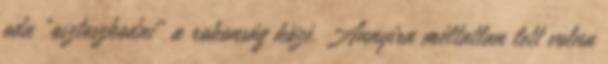
oda "osztoszkodni" a rokonság közé. Annyira méltatlan lett volna